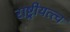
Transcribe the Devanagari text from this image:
राष्ट्रीयत्त्व